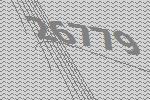
26779